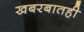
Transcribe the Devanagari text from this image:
खबरबातही